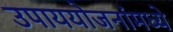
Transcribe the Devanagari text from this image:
उपाययोजनांमध्ये